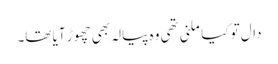
دال تو کیا ملنی تھی وہ پیالہ بھی چھوڑ آیا تھا۔